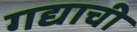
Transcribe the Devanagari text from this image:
गद्याची